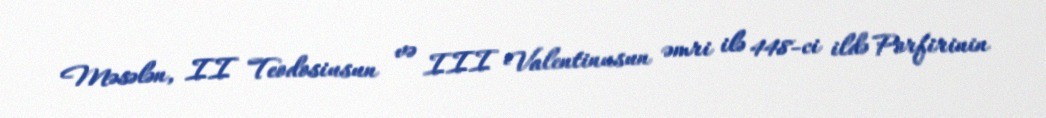
Məsələn, II Teodosiusun və III Valentinusun əmri ilə 448-ci ildə Porfirinin